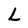
Character: L